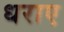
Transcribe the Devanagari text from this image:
धराए